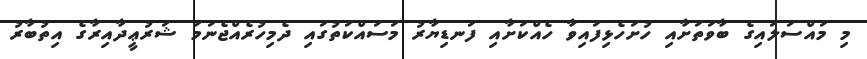
މި މައްސަލައިގެ ބާވަތަށާއި ހުށަހެޅިފައިވާ ހެއްކަށާއި ފަނޑިޔާރު މަސައްކަތުގައި ދެމިހުރެއްޖެނަމަ ޝަރުޢީދާއިރާގެ އިތުބާރު